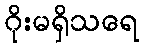
ဂိုးမရှိသရေ